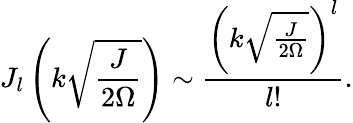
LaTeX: J_{l}\left(k\sqrt{\frac{J}{2\Omega}}\right)\sim\frac{\left(k\sqrt{\frac{J}{2\Omega}}\right)^{l}}{l!}.